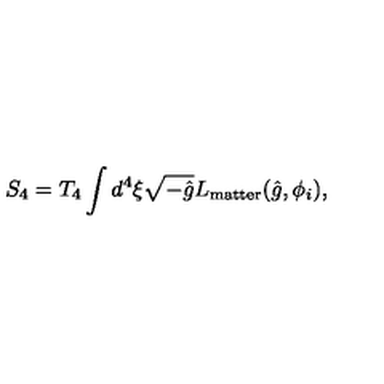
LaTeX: S _ { 4 } = T _ { 4 } \int d ^ { 4 } \xi \sqrt { - \hat { g } } L _ { \mathrm { m a t t e r } } ( \hat { g } , \phi _ { i } ) ,